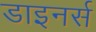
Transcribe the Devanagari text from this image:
डाइनर्स